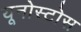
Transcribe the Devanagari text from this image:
यूनोस्टोस